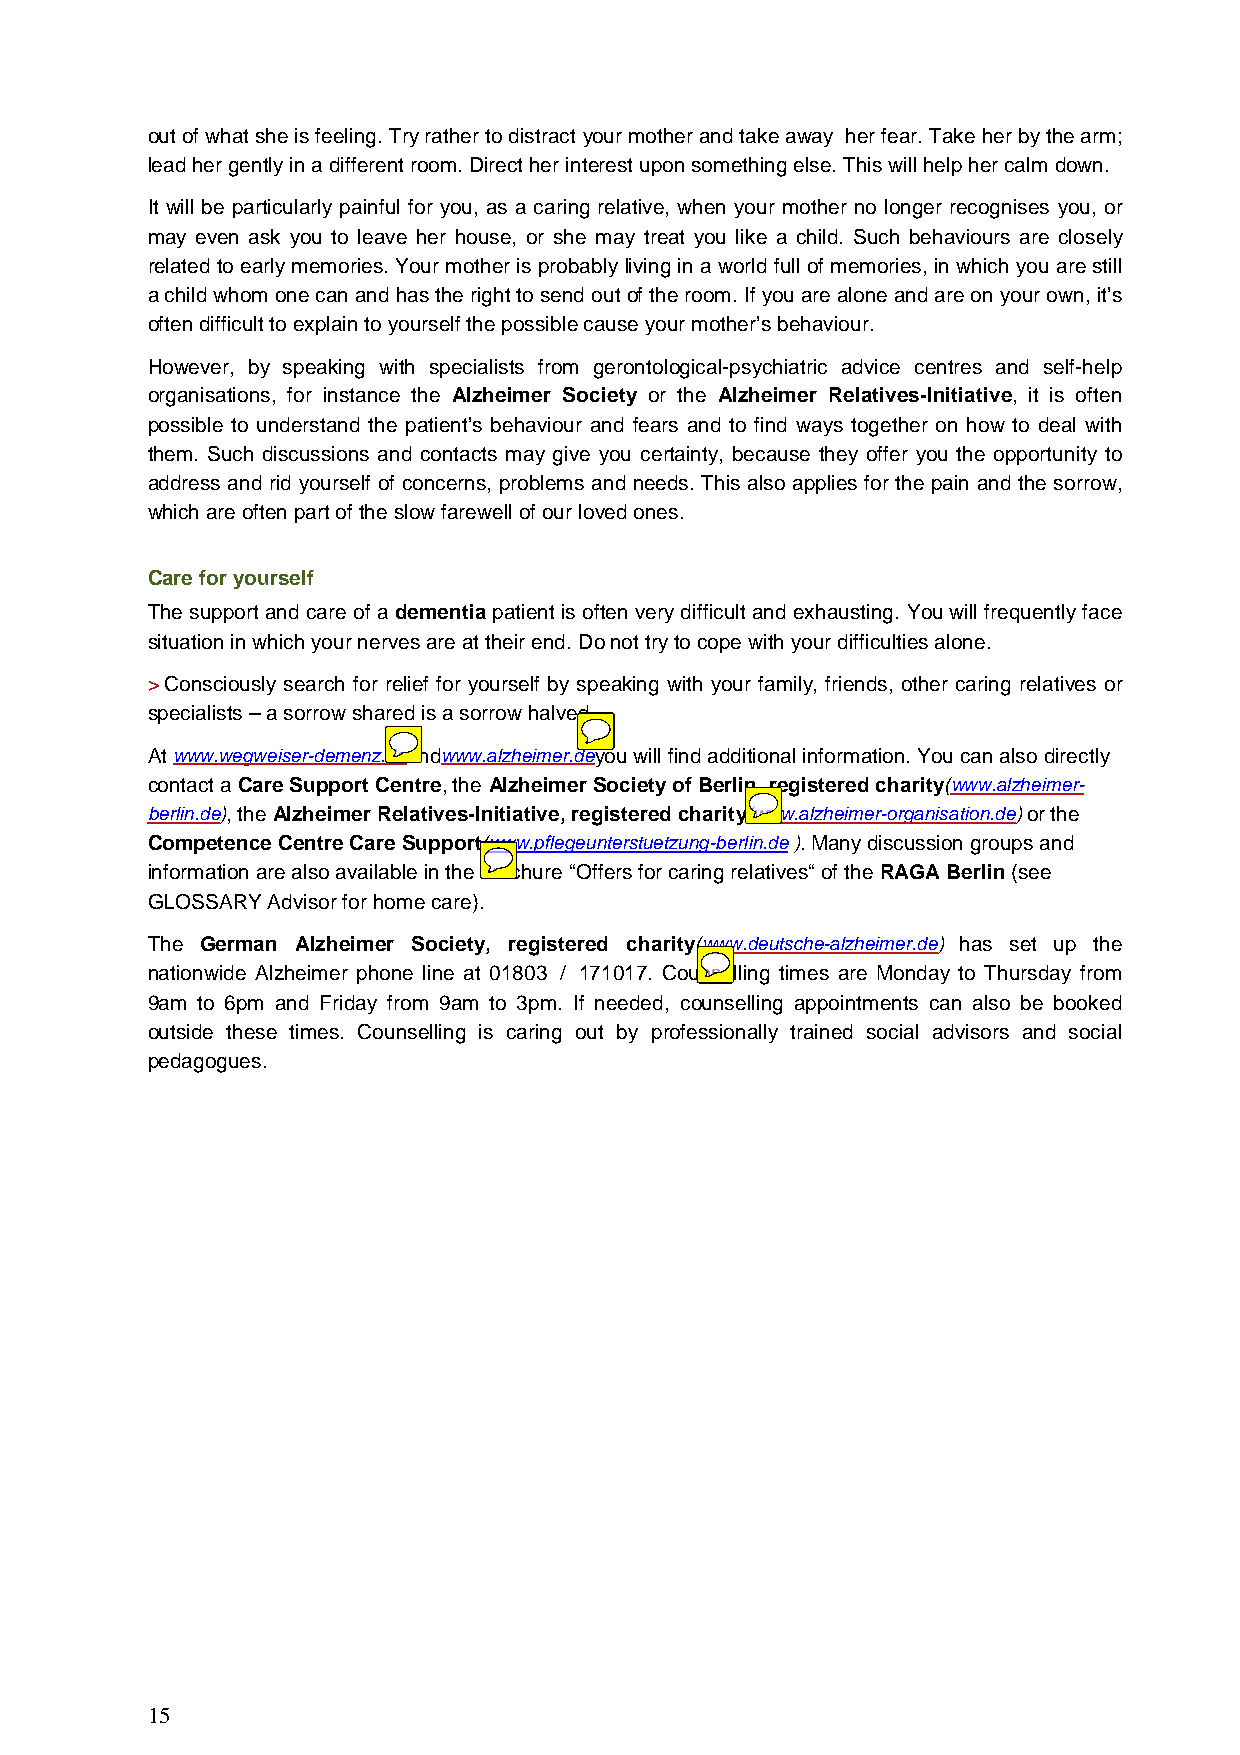
out of what she is feeling. Try rather to distract your mother and take away her fear. Take her by the arm;
 lead her gently in a different room. Direct her interest upon something else. This will help her calm down.
 It will be particularly painful for you, as a caring relative, when your mother no longer recognises you, or
 may even ask you to leave her house, or she may treat you like a child. Such behaviours are closely
 related to early memories. Your mother is probably living in a world full of memories, in which you are still
 a child whom one can and has the right to send out of the room. If you are alone and are on your own, it’s
 often difficult to explain to yourself the possible cause your mother’s behaviour.
 However, by speaking with specialists from gerontological-psychiatric advice centres and self-help
 organisations, for instance the Alzheimer Society or the Alzheimer Relatives-Initiative, it is often
 possible to understand the patient’s behaviour and fears and to find ways together on how to deal with
 them. Such discussions and contacts may give you certainty, because they offer you the opportunity to
 address and rid yourself of concerns, problems and needs. This also applies for the pain and the sorrow,
 which are often part of the slow farewell of our loved ones.
 Care for yourself
 The support and care of a dementia patient is often very difficult and exhausting. You will frequently face
 situation in which your nerves are at their end. Do not try to cope with your difficulties alone.
 > Consciously search for relief for yourself by speaking with your family, friends, other caring relatives or
 specialists – a sorrow shared is a sorrow halved.
 At www.wegweiser-demenz.deandwww.alzheimer.deyou will find additional information. You can also directly
 contact a Care Support Centre, the Alzheimer Society of Berlin, registered charity(www.alzheimer-
 berlin.de), the Alzheimer Relatives-Initiative, registered charity(www.alzheimer-organisation.de) or the
 Competence Centre Care Support(www.pflegeunterstuetzung-berlin.de ). Many discussion groups and
 information are also available in the brochure “Offers for caring relatives“ of the RAGA Berlin (see
 GLOSSARY Advisor for home care).
 The German Alzheimer Society, registered charity(www.deutsche-alzheimer.de) has set up the
 nationwide Alzheimer phone line at 01803 / 171017. Counselling times are Monday to Thursday from
 9am to 6pm and Friday from 9am to 3pm. If needed, counselling appointments can also be booked
 outside these times. Counselling is caring out by professionally trained social advisors and social
 pedagogues.
 15